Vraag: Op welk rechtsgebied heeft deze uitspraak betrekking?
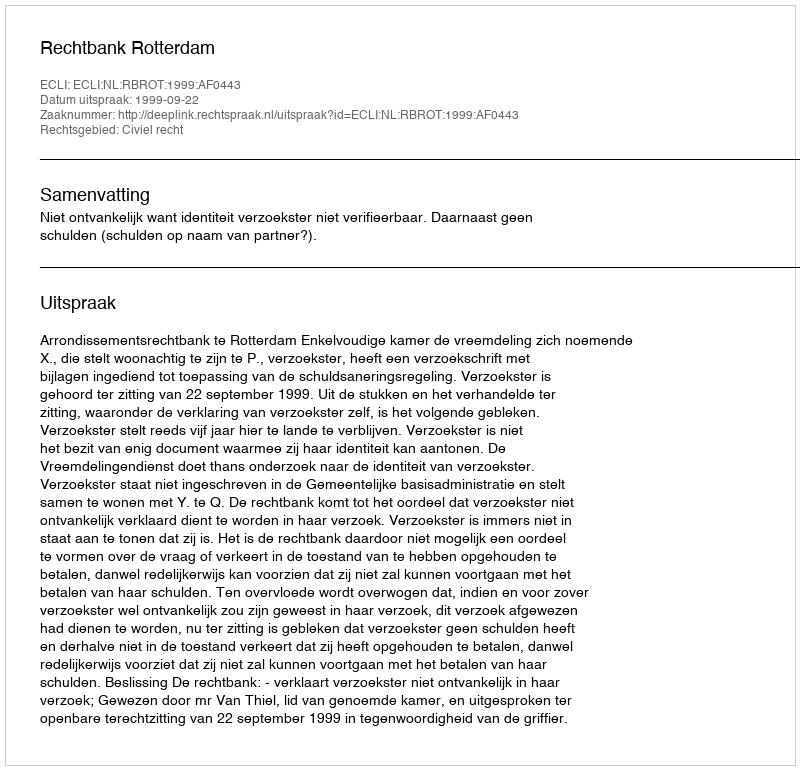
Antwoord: Civiel recht